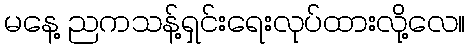
မနေ့ ညကသန့်ရှင်းရေးလုပ်ထားလို့လေ။